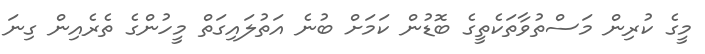
މީގެ ކުރިން މަސްތުވާތަކެތީގެ ބޮޑުން ކަމަށް ބުނެ އަތުލައިގަތް މީހުންގެ ތެރެއިން ގިނަ